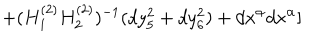
LaTeX: + ( H _ { 1 } ^ { ( 2 ) } H _ { 2 } ^ { ( 2 ) } ) ^ { - 1 } ( d y _ { 5 } ^ { 2 } + d y _ { 6 } ^ { 2 } ) + d x ^ { \alpha } d x ^ { \alpha } ]